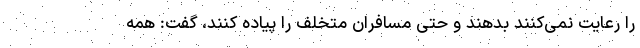
را رعایت نمی‌کنند بدهند و حتی مسافران متخلف را پیاده کنند، گفت: همه